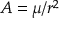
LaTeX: A = \mu / r ^ { 2 }